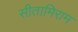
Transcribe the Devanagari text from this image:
सीतामिराम